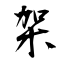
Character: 架